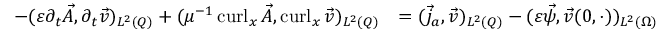
\begin{array} { r l } { - ( \varepsilon \partial _ { t } \vec { A } , \partial _ { t } \vec { v } ) _ { L ^ { 2 } ( Q ) } + ( \mu ^ { - 1 } \operatorname { c u r l } _ { x } \vec { A } , \operatorname { c u r l } _ { x } \vec { v } ) _ { L ^ { 2 } ( Q ) } } & { = ( \vec { j } _ { a } , \vec { v } ) _ { L ^ { 2 } ( Q ) } - ( \varepsilon \vec { \psi } , \vec { v } ( 0 , \cdot ) ) _ { L ^ { 2 } ( \Omega ) } } \end{array}